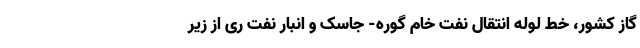
گاز کشور، خط لوله انتقال نفت خام گوره- جاسک و انبار نفت ری از زیر